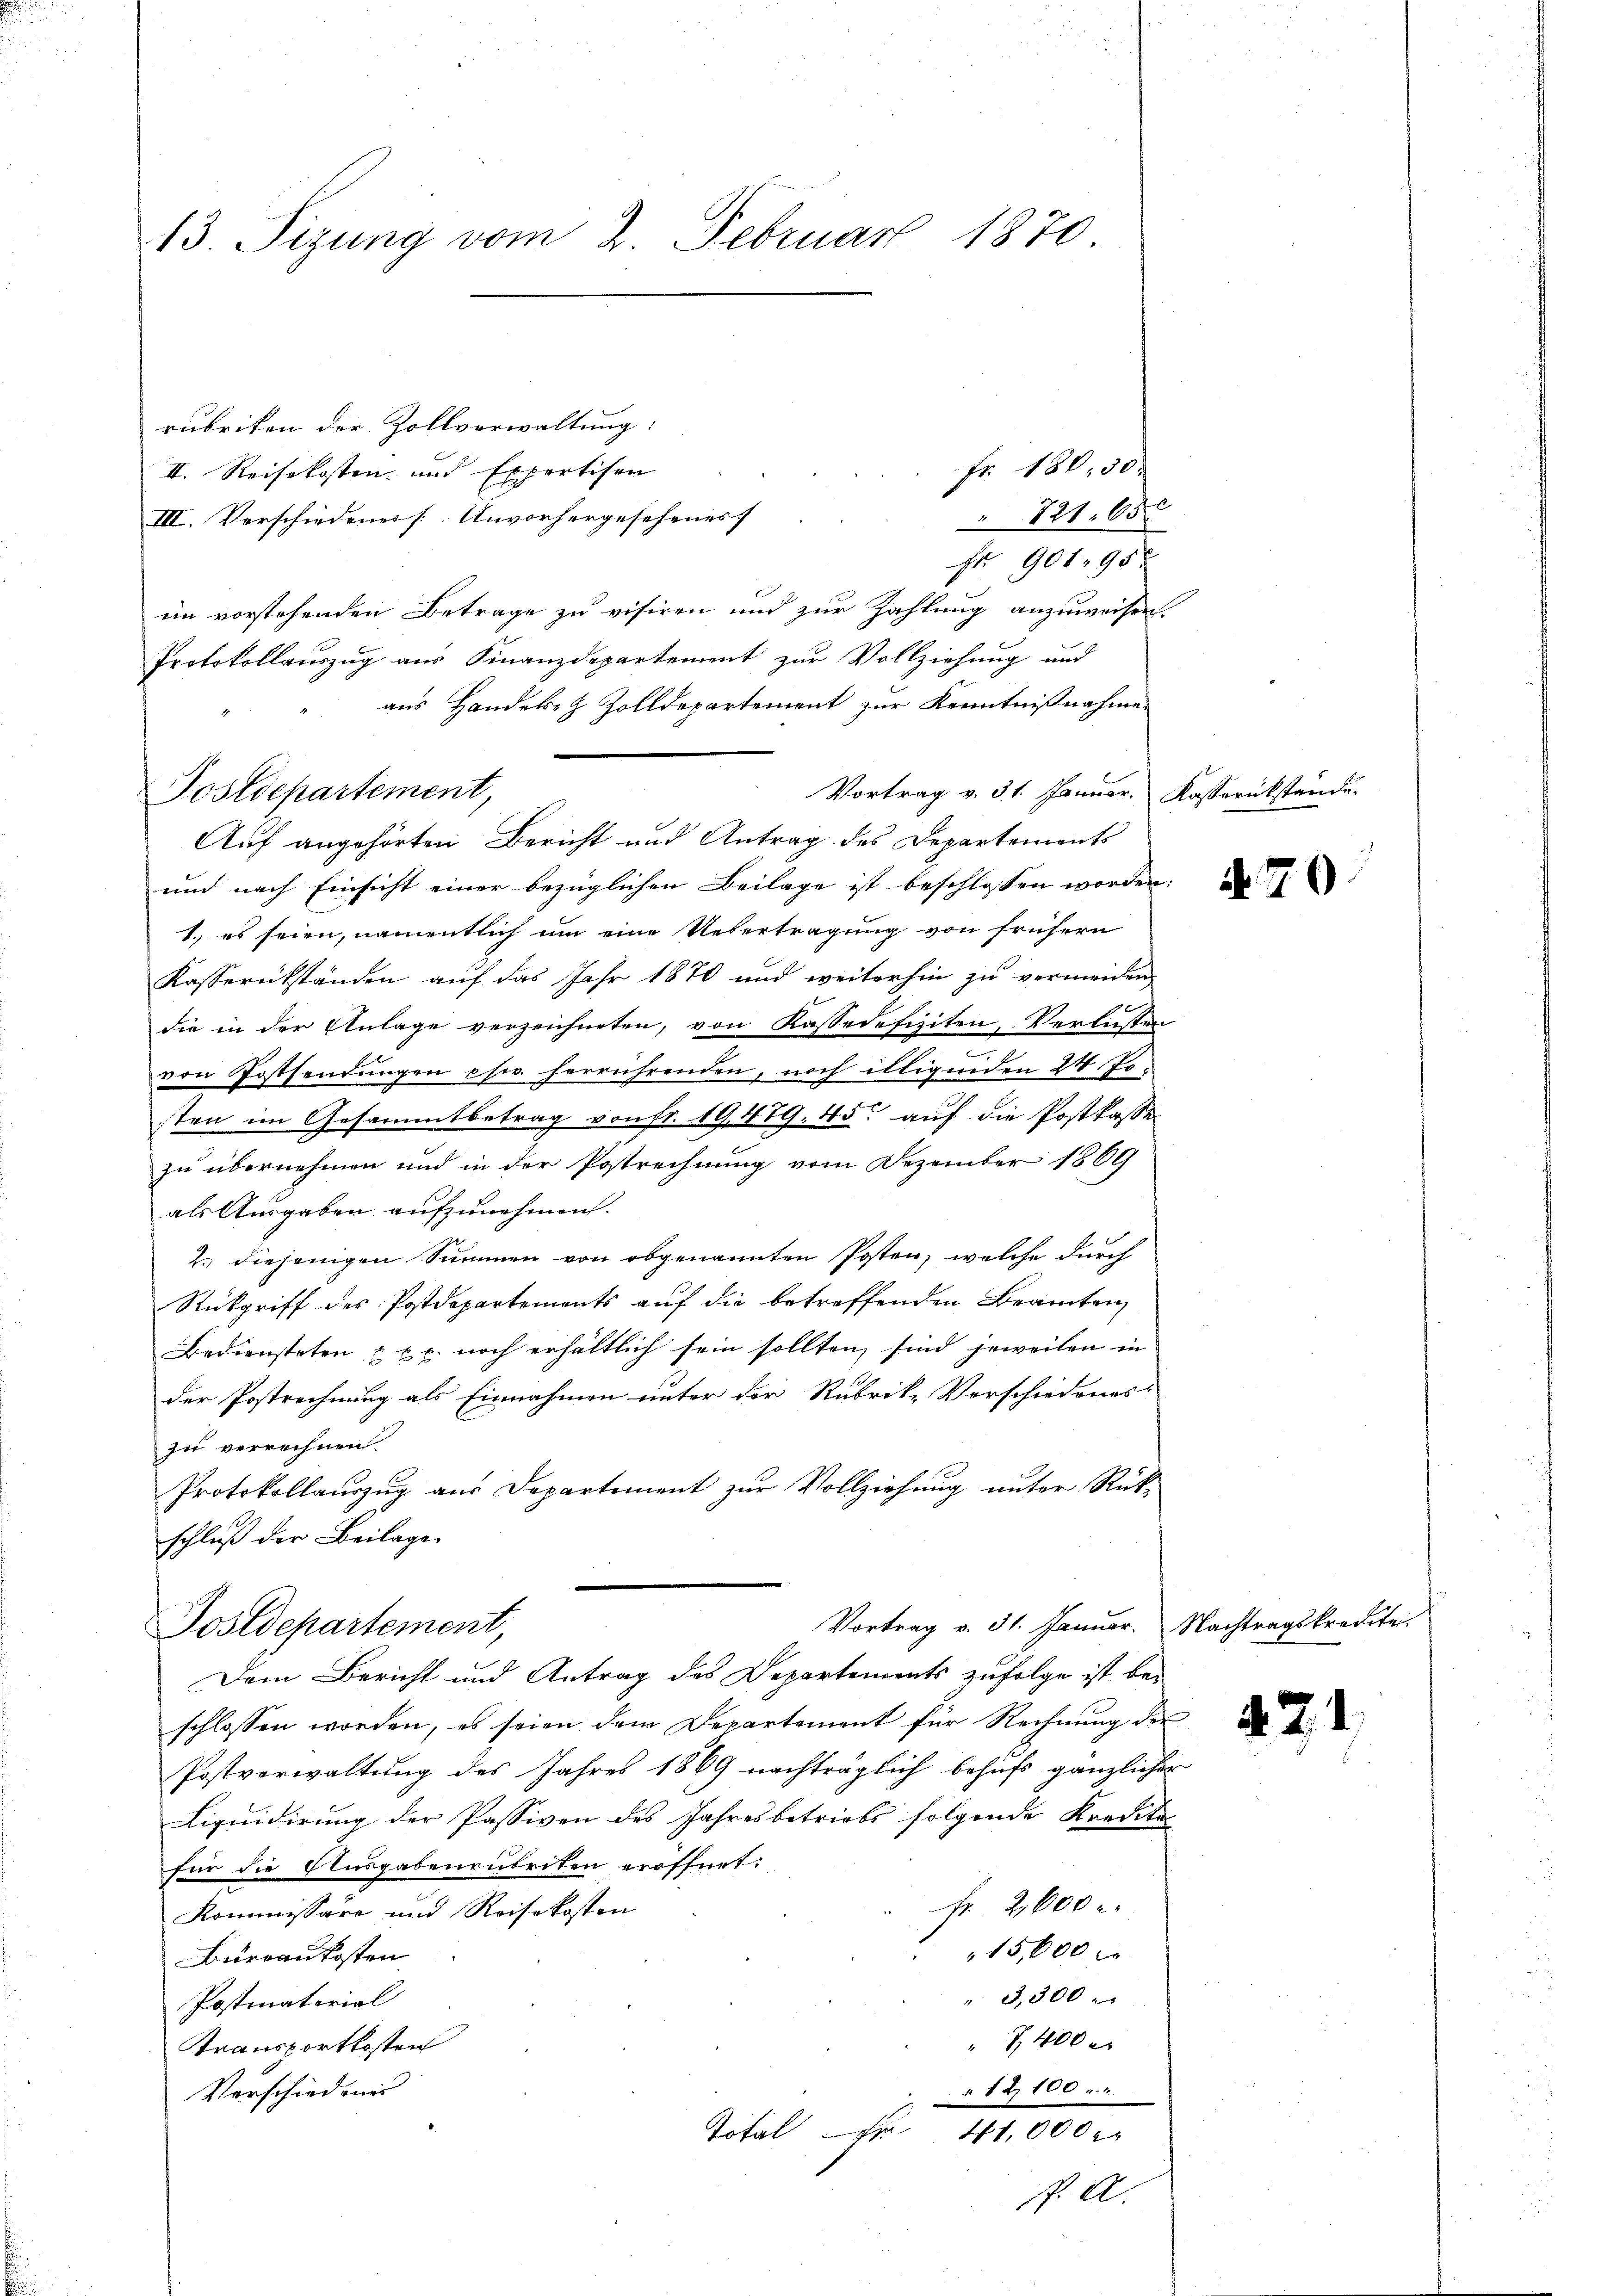
13. Sizung vom 2. Februar 1870

rubriten der Zollverwaltung:
II. Reisekosten und Expertiser
III. Verschiedenes [Unvorhergesehenes
 121. 650
Fr. 901, 95 x
im vorstehenden Betrage zu visiren und zur Zahlung anzuweisen.
aus Handels- & Zolldepartement zur Kenntnißnahmen
Vortrag v. 31. Januar. Kasserückstande.
Auf angehörten Bericht und Antrag des Departements
und nach Einsicht einer bezüglichen Beilage ist beschlossen worden:
1. es seien, namentlich um eine Uebertragung von frühern
Kasserükständen auf das Jahr 1870 und weiterhin zu vermeiden,
die in der Anlage verzeichneten, von Kasse defiziten, Verlusten
.
von Postsendungen es herrührenden, noch illigenden 24 Josten im Gesammtbetrag von Fr. 19,479. 45 auf die Postkasse
zu übernehmen und in der Postrechnung vom Dezember 1869
als Ausgaben aufzunehmen.
2. diejenigen Summen von obgenannten Posten, welche durch
Rückgriff des Postdepartements auf die betreffenden Beamten
Bediensteten & xx. noch erhältlich sein sollten, sind jeweilen in
der Postrechnung als Einnahmen unter der Rubrik- Verschiedenes
zu verrechnen.
Protokollauszug aus Departement zur Vollziehung unter Rück-
schluß der Beilage

Protokollauszug aus Finanzdepartement zur Vollziehung und
Postdepartement,

Vortrag v. 31. Januar. Nachtragskredite
Postdepartement,
Dem Bericht und Antrag des Departements zufolge ist bei

fr. 180. 30.

schlossen worden, es seien dem Departement für Rechnung der
Postverwaltung des Jahres 1869 nachträglich behufs gänzlicher
Liquidirung der Passiven des Jahresbetriebs folgende Kredita
für die Ausgabenentreten eröffnet:
fr. 2600 r
Kommissäre und Reisekosten
15,600 de
Bureaukosten
3,300
Postinatorial
7 400 x
Transportkosten
"12100
Verschiedene
Total 41,000 Fr
f. A.

N. 20

471